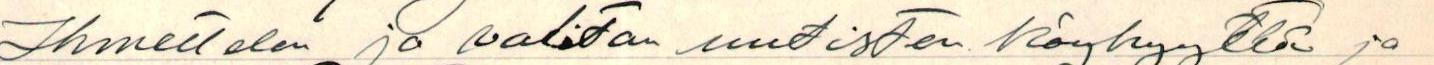
Ihmettelen ja valitan uutisten köyhyyttä ja